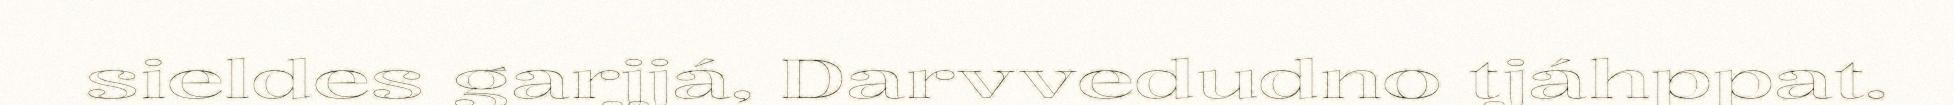
sieldes garjjá, Darvvedudno tjáhppat.